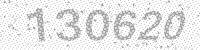
Solution: 130620